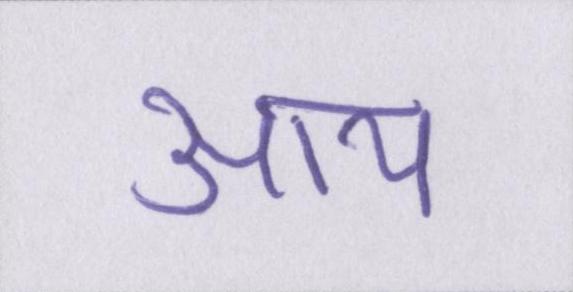
आय